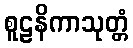
စူဠနိကာသုတ္တံ